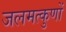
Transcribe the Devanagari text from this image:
जलमत्कुणों